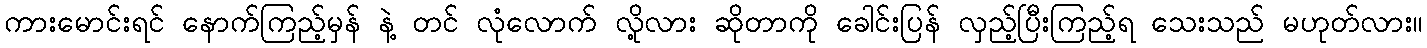
ကားမောင်းရင် နောက်ကြည့်မှန် နဲ့ တင် လုံလောက် လို့လား ဆိုတာကို ခေါင်းပြန် လှည့်ပြီးကြည့်ရ သေးသည် မဟုတ်လား။